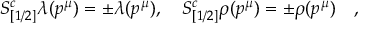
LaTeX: S _ { [ 1 / 2 ] } ^ { c } \lambda ( p ^ { \mu } ) = \pm \lambda ( p ^ { \mu } ) , \quad S _ { [ 1 / 2 ] } ^ { c } \rho ( p ^ { \mu } ) = \pm \rho ( p ^ { \mu } ) \quad ,